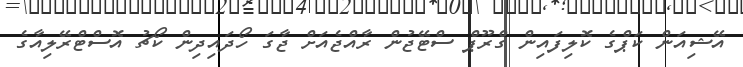
އޭޝިއަން ކަޕްގެ ކޮލިފައިން ގްރޫޕް ސްޓޭޖުން ރާއްޖެއަށް ޖާގަ ހޯދައިދިން ކޯޗު އޮސްޓްރޭލިއާގެ